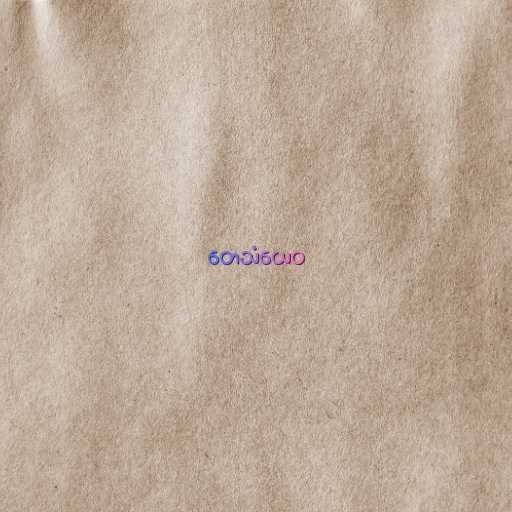
တေသံယေဝ